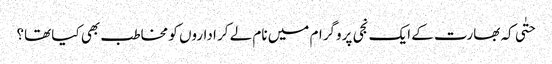
حتٰی کہ بھارت کے ایک نجی پروگرام میں نام لے کر اداروں کو مخاطب بھی کیا تھا؟